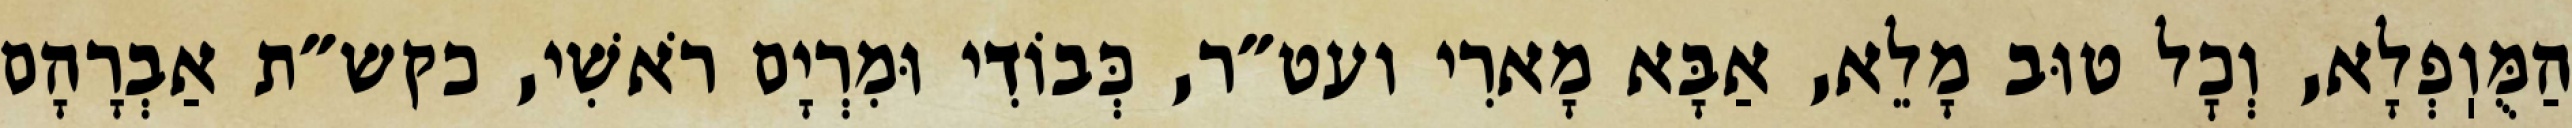
הַמֻּוֽפְלָא, וְכׇל טוּב מָלֵא, אַבָּא מָארִי ועט״ר, כְּבוֹדִי וּמִרְיָם רֹאשִׁי, כקש״ת אַבְרָהָם